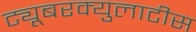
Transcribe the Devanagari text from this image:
ट्यूबरक्युलाटीस